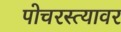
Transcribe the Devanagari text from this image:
पोचरस्त्यावर